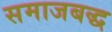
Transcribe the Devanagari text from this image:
समाजबद्ध